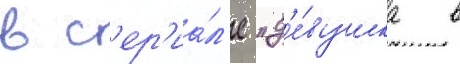
в с'ер'иа́л'е "д'е́вушка в